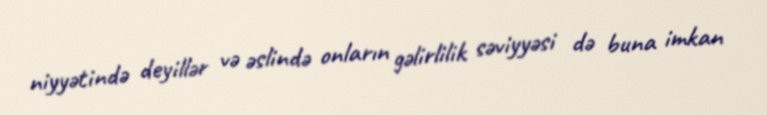
niyyətində deyillər və əslində onların gəlirlilik səviyyəsi də buna imkan